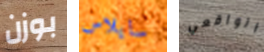
بوزن سايلاس الواقعي